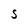
Character: S